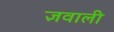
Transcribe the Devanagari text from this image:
ज्ञवाली